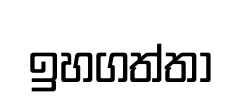
ඉහගත්තා